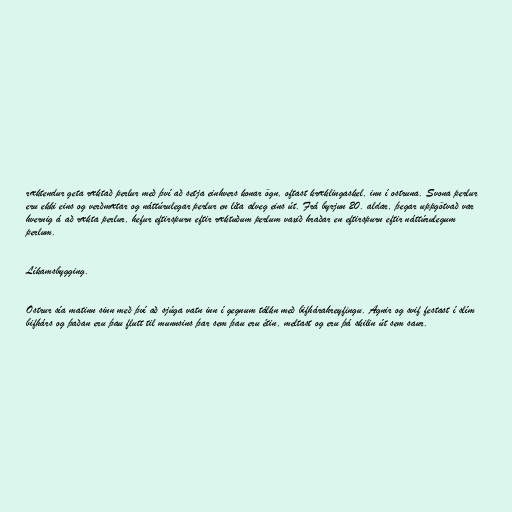
ræktendur geta ræktað perlur með því að setja einhvers konar ögn, oftast kræklingaskel, inn í ostruna. Svona perlur
eru ekki eins og verðmætar og náttúrulegar perlur en líta alveg eins út. Frá byrjun 20. aldar, þegar uppgötvað var
hvernig á að rækta perlur, hefur eftirspurn eftir ræktuðum perlum vaxið hraðar en eftirspurn eftir náttúrulegum
perlum.

Líkamsbygging.

Ostrur sía matinn sinn með því að sjúga vatn inn í gegnum tálkn með bifhárahreyfingu. Agnir og svif festast í slím
bifhárs og þaðan eru þau flutt til munnsins þar sem þau eru étin, meltast og eru þá skilin út sem saur.